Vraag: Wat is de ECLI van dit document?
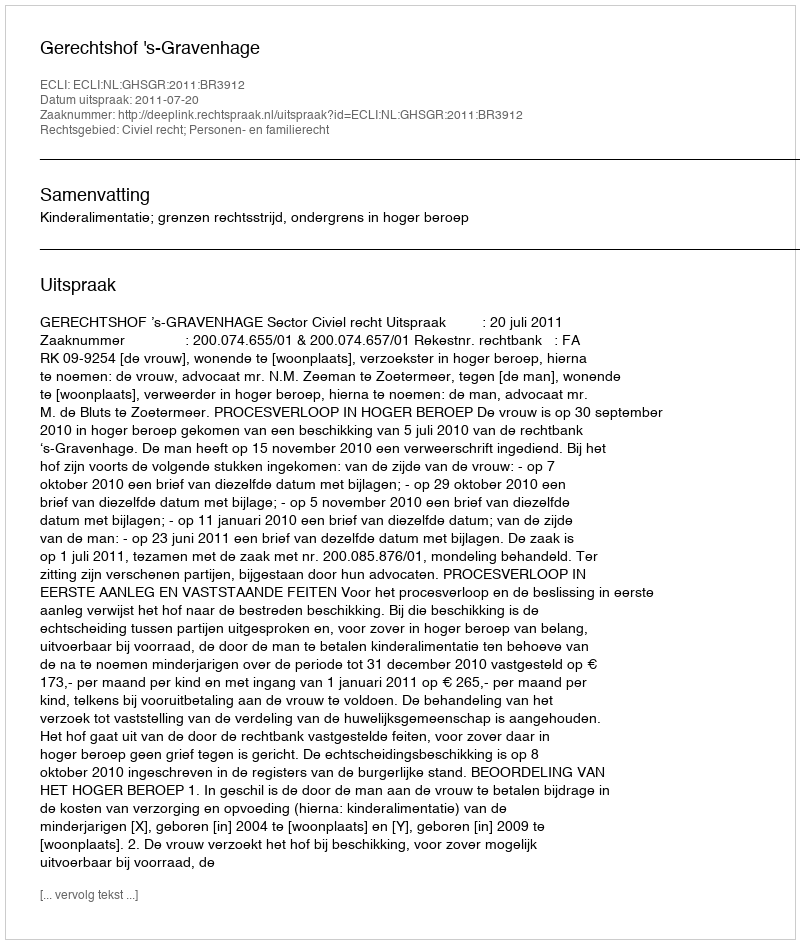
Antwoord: ECLI:NL:GHSGR:2011:BR3912